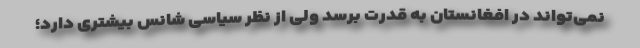
نمی‌تواند در افغانستان به قدرت برسد ولی از نظر سیاسی شانس بیشتری دارد؛